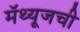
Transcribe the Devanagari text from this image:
मॅथ्यूजची